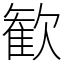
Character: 歓